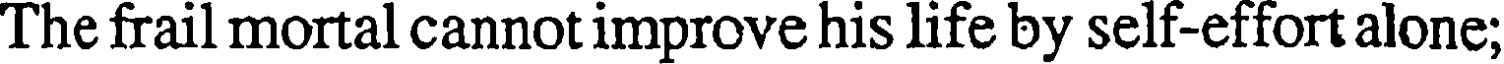
The frail mortal cannot improve his life by self-effort alone;